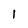
Character: l